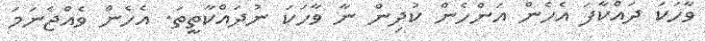
ވާހަކަ ދައްކާފަ އެހެން އަންހެން ކުދިން ނާ ވާހަކަ ނުދައްކާތީތަ. އެހެން ވެއްޖެނަމަ